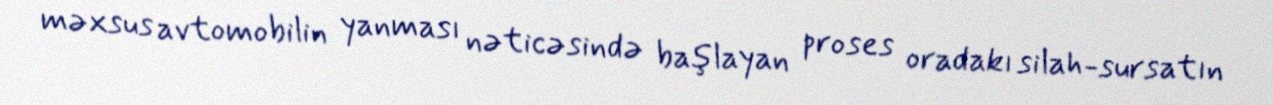
məxsus avtomobilin yanması nəticəsində başlayan proses oradakı silah-sursatın